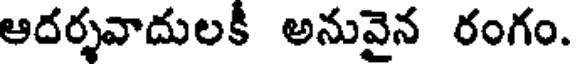
ఆదర్శవాదులకీ అనువైన రంగం.